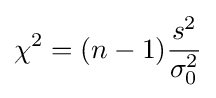
\chi ^{2}=(n-1){\frac {s^{2}}{\sigma _{0}^{2}}}